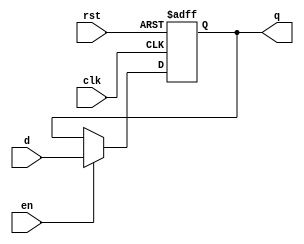
module OutputRegister (
    input wire clk,       // Clock input
    input wire rst,       // Asynchronous reset input
    input wire en,        // Enable signal
    input wire [N-1:0] d, // Data input (N-bit wide)
    output reg [N-1:0] q  // Output (N-bit wide)
);
    parameter N = 8; // Define the width of the register (default is 8 bits)

    // Asynchronous reset and synchronous data capture
    always @(posedge clk or posedge rst) begin
        if (rst) begin
            q <= {N{1'b0}}; // Clear the register to zero
        end else if (en) begin
            q <= d; // Capture the input data on clock edge if enabled
        end
        // If not enabled, retain the previous value of q
    end

endmodule